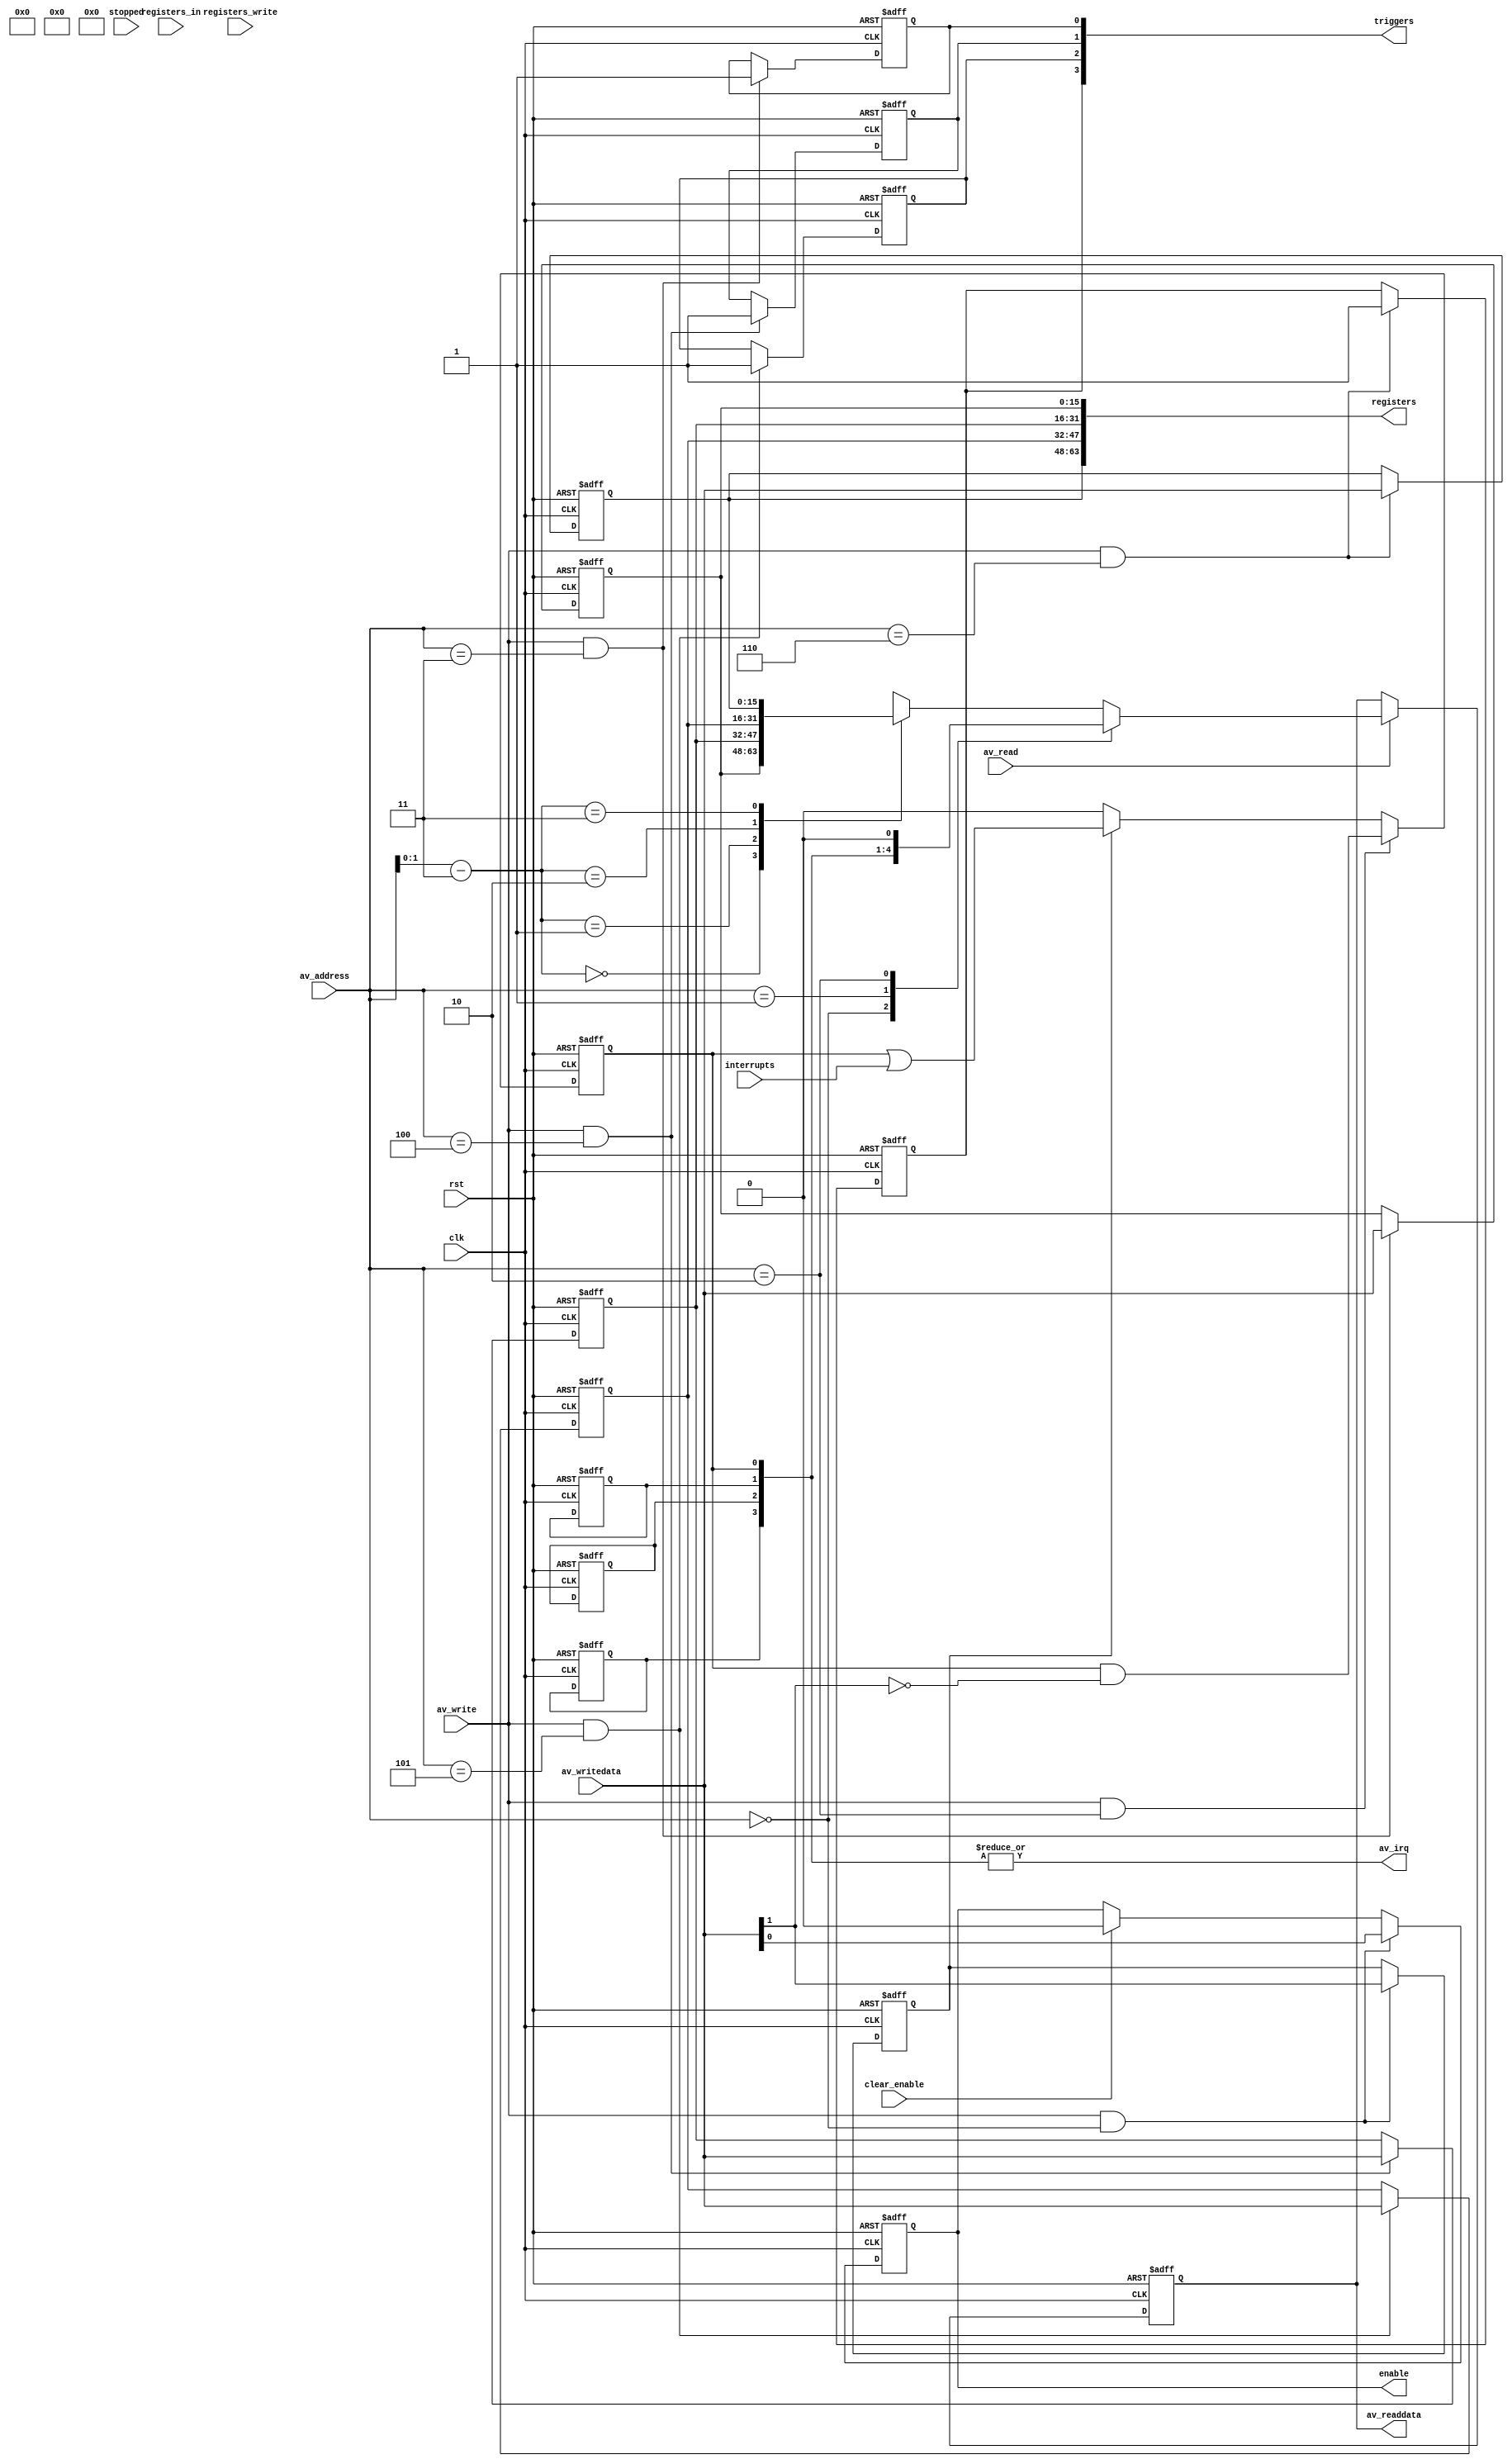
module alt_vipvfr121_common_avalon_mm_slave
  #(parameter
    AV_ADDRESS_WIDTH = 5,
    AV_DATA_WIDTH = 16,
    NO_OUTPUTS = 1,
    NO_INTERRUPTS = 1,  // NO_INTERRUPTS < AV_DATA_WIDTH!!!
    NO_REGISTERS = 4,
    ALLOW_INTERNAL_WRITE = 0) // writing to registers internally allowed or not
  (
  	input   wire                                        rst,
    input   wire                                        clk,
    
    // control
    input   wire [AV_ADDRESS_WIDTH-1:0]                 av_address,
    input   wire                                        av_read,
    output  reg  [AV_DATA_WIDTH-1:0]                    av_readdata,
    input   wire                                        av_write,
    input   wire [AV_DATA_WIDTH-1:0]                    av_writedata,
    output	   																					av_irq,
    
    // internal
    output  reg                                         enable,
    input																								clear_enable, // clear go bit from internally
    output  reg  [NO_REGISTERS-1:0]                     triggers,
    output  wire [(AV_DATA_WIDTH * NO_REGISTERS)-1:0]   registers,
    input   wire [(AV_DATA_WIDTH * NO_REGISTERS)-1:0]   registers_in,
    input   wire [NO_REGISTERS-1:0]                     registers_write,
    input   wire [NO_INTERRUPTS-1:0] 										interrupts,
    input   wire [NO_OUTPUTS-1:0]                       stopped);

	wire global_stopped;
	wire clear_interrupts;
	wire [NO_REGISTERS-1:0] triggers_nxt;
	reg  [AV_DATA_WIDTH-1:0] internal_registers[NO_REGISTERS-1:0];
	reg  [AV_DATA_WIDTH-1:0] interrupt_register;
	reg  [NO_INTERRUPTS-1:0] interrupt_enables;

	assign global_stopped = &stopped;
	assign clear_interrupts = av_write && (av_address == 2);  // clear selected interrupts when writing to interrupt register

	// Interrupt register implemenation
	generate
		genvar j;
		for (j = 0; j < AV_DATA_WIDTH; j = j+1) begin : interrupt_reg_loop
			always @(posedge clk or posedge rst)
				if (rst)
      		interrupt_register[j] <= 1'b0;
				else if (j <= NO_INTERRUPTS & j > 0)	
					interrupt_register[j] <= clear_interrupts ? interrupt_register[j] & ~av_writedata[j] :  // clear selected interrupts
																  	 interrupt_enables[j-1] ? interrupt_register[j] | interrupts[j-1] : 1'b0; // write enabled interrupts
		end
	endgenerate
			
	always @ (posedge clk or posedge rst) begin
    if(rst) begin
      enable <= 1'b0;
      interrupt_enables <= {NO_INTERRUPTS{1'b0}};
      av_readdata <= {AV_DATA_WIDTH{1'b0}};
    end else begin          
      if (clear_enable) begin
      	enable <= 1'b0;
      end
      if(av_write && (av_address == 0)) begin
        enable <= av_writedata[0];
        interrupt_enables <= av_writedata[NO_INTERRUPTS:1];
      end
      
  		if(av_read) begin
    		case(av_address)
   	  		0: av_readdata <= {{(AV_DATA_WIDTH-NO_INTERRUPTS-1){1'b0}}, interrupt_enables, enable};
      		1: av_readdata <= {{AV_DATA_WIDTH-1{1'b0}}, global_stopped};
       	  2: av_readdata <= {{(AV_DATA_WIDTH-NO_INTERRUPTS-1){1'b0}}, interrupt_register[NO_REGISTERS:1], 1'b0}; // bit 0 unused
       	  default: av_readdata <= internal_registers[av_address - 3];
      	endcase
    	end    
  	end
  end
        
	// av_irq is high if any of the individual enabled interrupts are high
	assign av_irq = |interrupt_register[NO_REGISTERS:1]; // bit 0 of Interrupt register unused

	// Register implementation
	generate
    genvar i;
    for(i = 0; i < NO_REGISTERS; i = i+1) begin : register_loop
      assign triggers_nxt[i] = (av_write && av_address == i + 3);
      localparam base_address = i * AV_DATA_WIDTH;
      assign registers[base_address + AV_DATA_WIDTH - 1:base_address] = internal_registers[i];
        
      // registers can be written to from master (av_writedata) or (if ALLOW_INTERNAL_WRITE = 1) from internal side (registers_in)
      always @ (posedge clk or posedge rst) begin
        if(rst) begin
          internal_registers[i] <= {AV_DATA_WIDTH{1'b0}};
          triggers[i] <= 1'b0;
        end else begin
          if(triggers_nxt[i]) begin // master has priority to write into registers
            internal_registers[i] <= av_writedata;
            triggers[i] <= triggers_nxt[i];
          end else if (ALLOW_INTERNAL_WRITE == 1 && registers_write[i]) begin // update from internal side only if master not writing at same time!
        		internal_registers[i] <= registers_in[base_address + AV_DATA_WIDTH - 1:base_address];
        		triggers[i] <= 1'b0; // if triggers[i] is 1 then av_writedata instead of register_in will have been written
          end         
        end
      end
    end
	endgenerate

endmodule